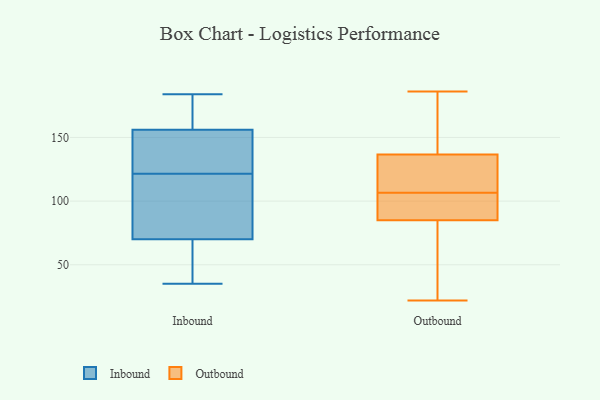
{"axis": {"x": "Revenue (USD Million)", "y": "Value"}, "legend": ["Inbound", "Outbound"], "data": [{"x": "", "y": 92, "type": "Inbound"}, {"x": "", "y": 151, "type": "Inbound"}, {"x": "", "y": 184, "type": "Inbound"}, {"x": "", "y": 70, "type": "Inbound"}, {"x": "", "y": 63, "type": "Inbound"}, {"x": "", "y": 154, "type": "Inbound"}, {"x": "", "y": 35, "type": "Inbound"}, {"x": "", "y": 70, "type": "Inbound"}, {"x": "", "y": 156, "type": "Inbound"}, {"x": "", "y": 170, "type": "Inbound"}, {"x": "", "y": 136, "type": "Outbound"}, {"x": "", "y": 97, "type": "Outbound"}, {"x": "", "y": 174, "type": "Outbound"}, {"x": "", "y": 48, "type": "Outbound"}, {"x": "", "y": 145, "type": "Outbound"}, {"x": "", "y": 83, "type": "Outbound"}, {"x": "", "y": 87, "type": "Outbound"}, {"x": "", "y": 186, "type": "Outbound"}, {"x": "", "y": 22, "type": "Outbound"}, {"x": "", "y": 137, "type": "Outbound"}, {"x": "", "y": 103, "type": "Outbound"}, {"x": "", "y": 70, "type": "Outbound"}, {"x": "", "y": 135, "type": "Outbound"}, {"x": "", "y": 110, "type": "Outbound"}, {"x": "", "y": 99, "type": "Outbound"}, {"x": "", "y": 136, "type": "Outbound"}]}